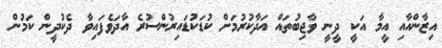
އިޒާންއާއި އީމާ އަކީ ދީނީ ވާޖިބުތައް އަދާކުރުމަށް ކުޑަކުޑައިރުންސުރެ އާދަވެފައިވާ ދެކުދީން ކަމުން